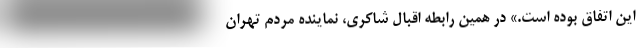
این اتفاق بوده است.» در همین رابطه اقبال شاکری، نماینده مردم تهران